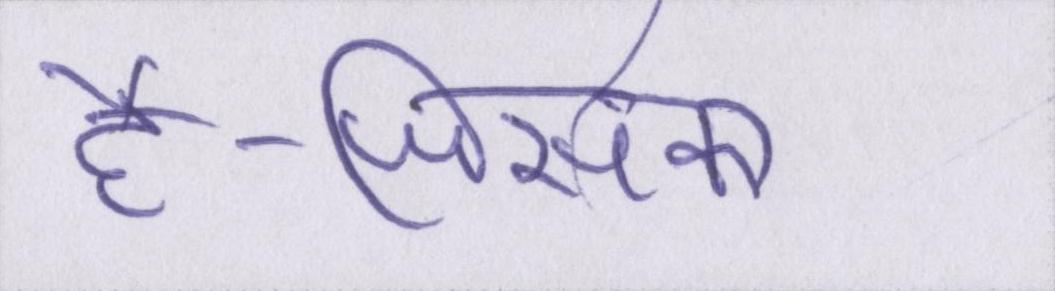
है-जिसका